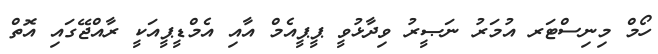
ހޯމް މިނިސްޓަރ އުމަރު ނަޞީރު ވިދާޅުވީ ޕީޕީއެމް އާއި އެމްޑީޕީއަކީ ރާއްޖޭގައި އޮތް